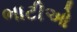
ભાટીઓ